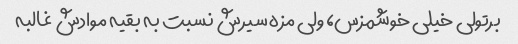
برتولی خیلی خوشمزس، ولی مزه سیرش نسبت به بقیه موادش غالبه